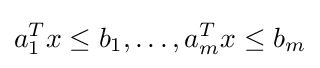
a_{1}^{T}x\leq b_{1},\ldots ,a_{m}^{T}x\leq b_{m}